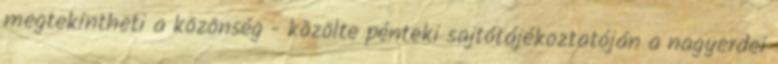
megtekintheti a közönség - közölte pénteki sajtótájékoztatóján a nagyerdei